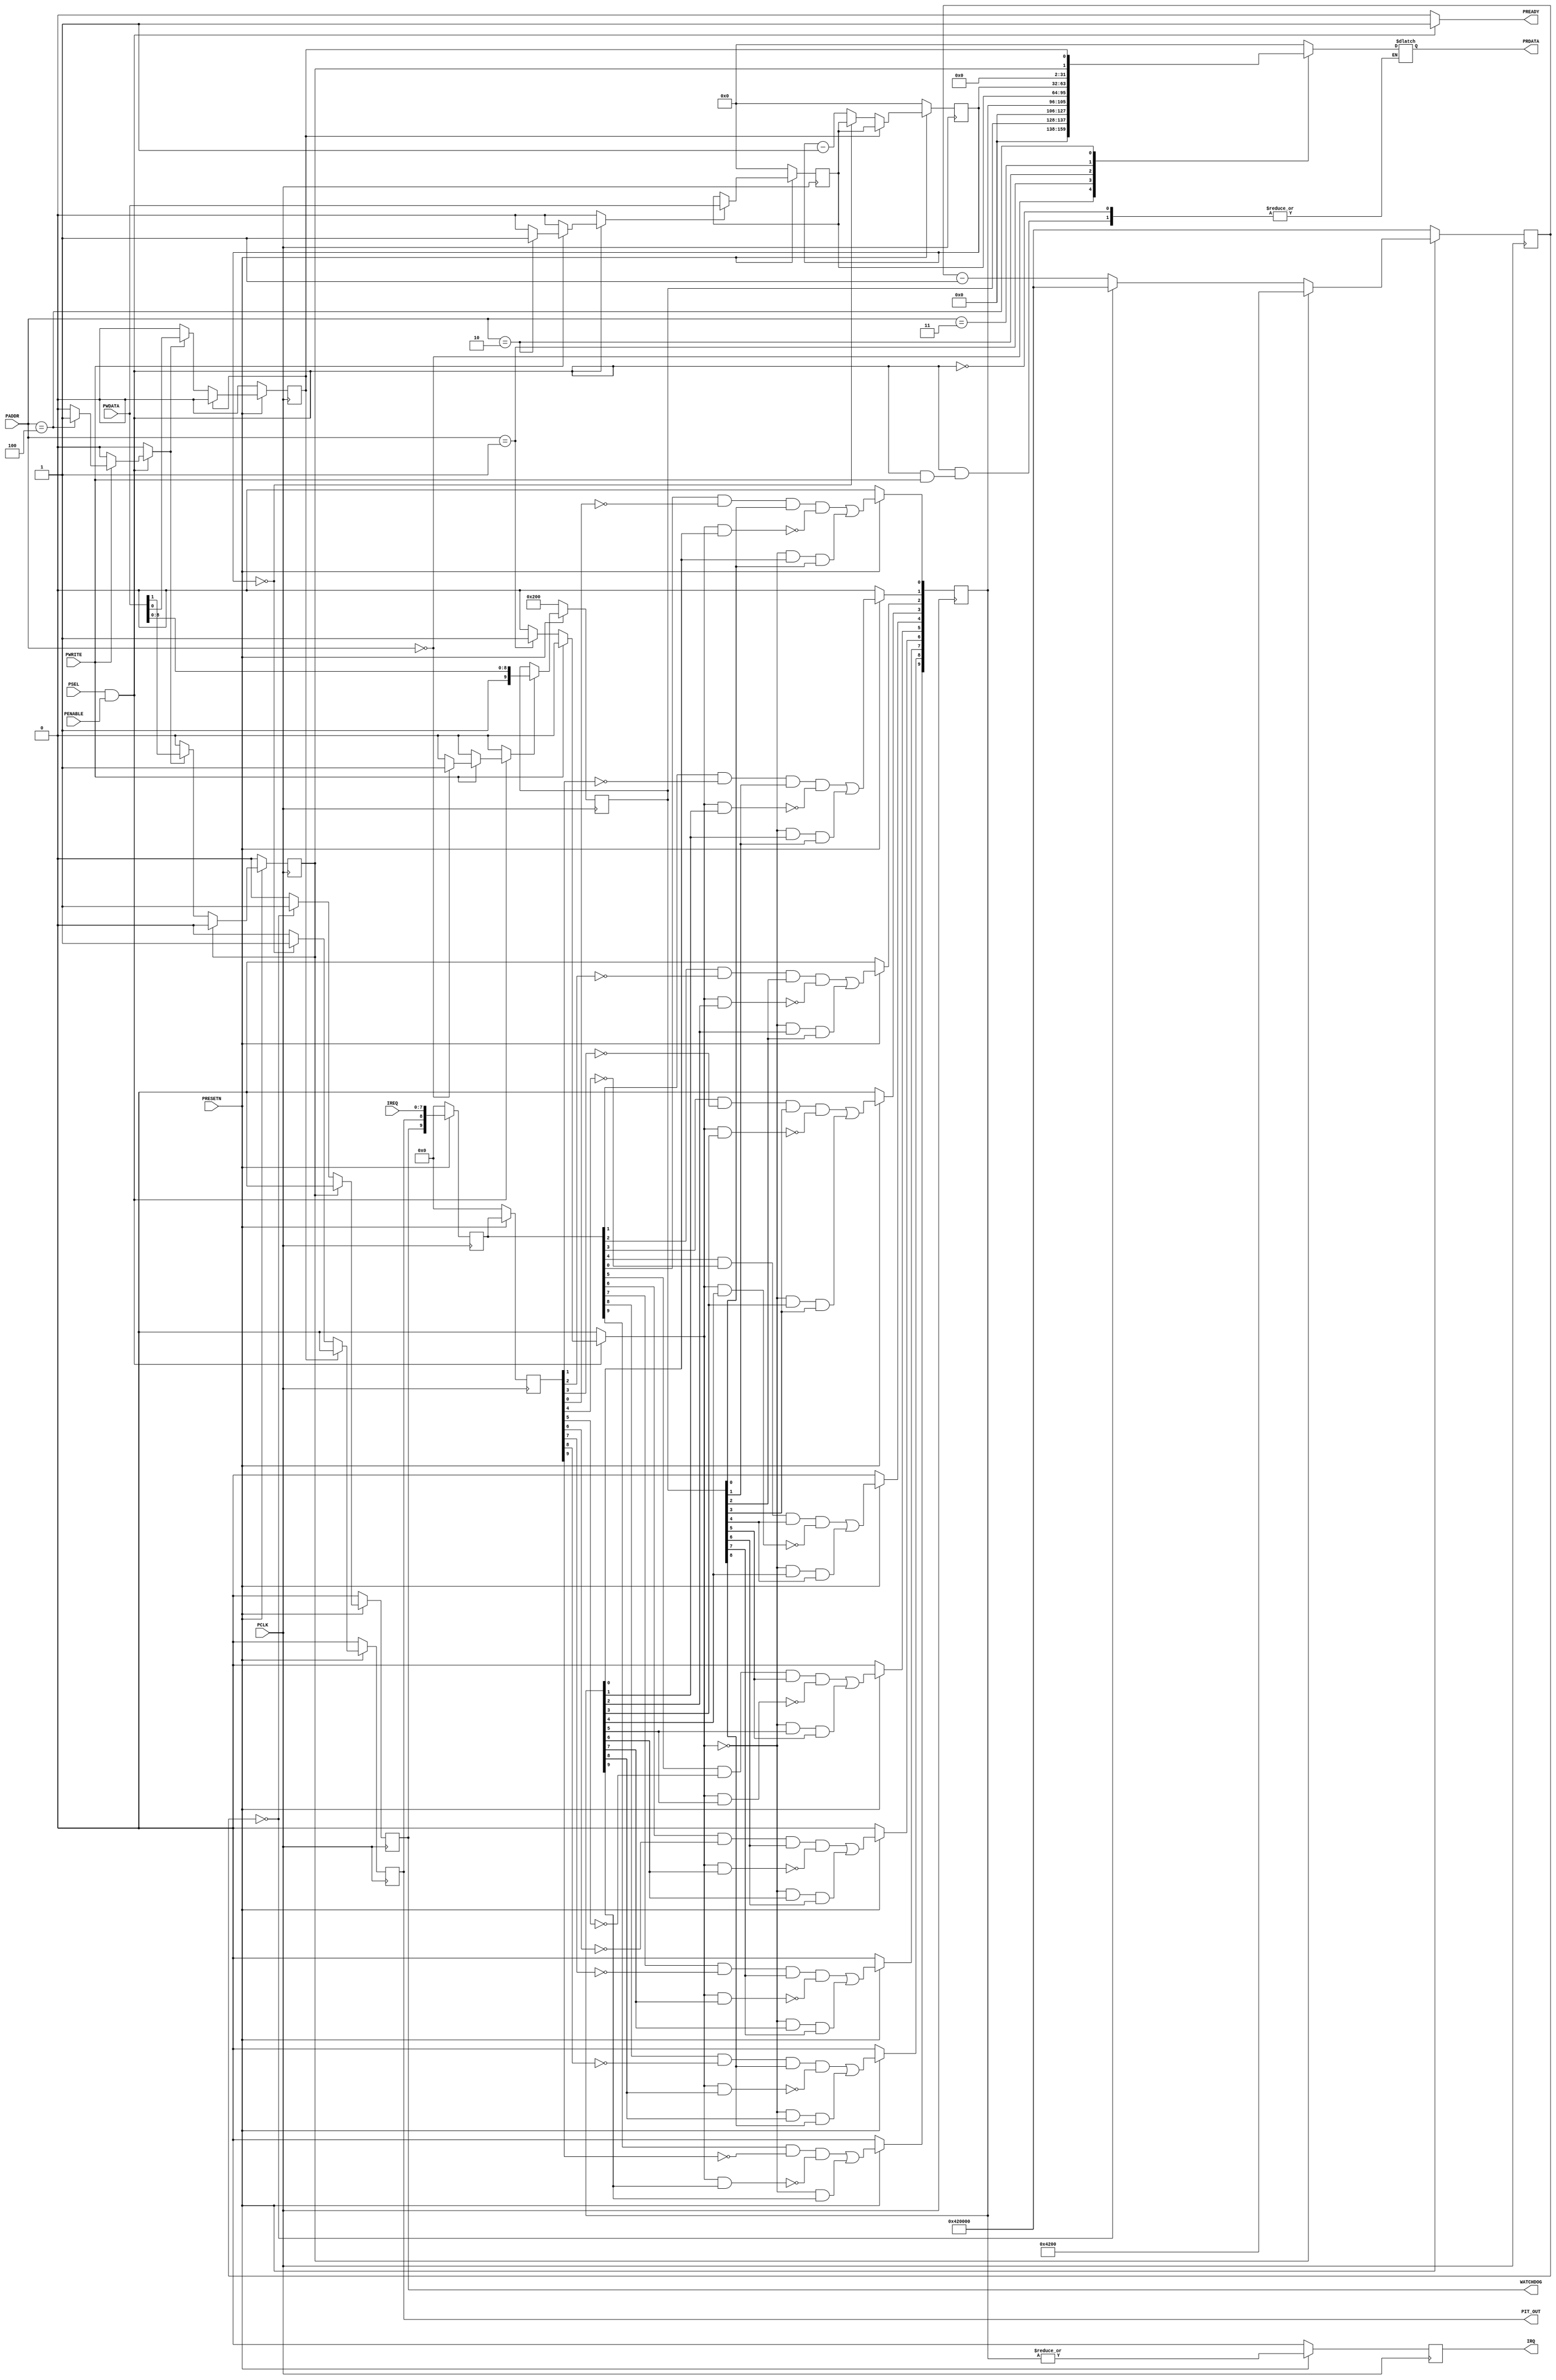
module icpit (// APB Interface signals:
              input PCLK,
              input PRESETN,
              input[2:0] PADDR,
              input PSEL,
              input PENABLE,
              input PWRITE,
              input[31:0] PWDATA,
              output reg[31:0] PRDATA,
              output reg PREADY,
              // Interrupt signals:
              output reg IRQ,
              input[7:0] IREQ,
              // PIT Terminal Count
              output reg PIT_OUT,
              // Watchdog Terminal Count
              output reg WATCHDOG);


reg[9:0] inte;
reg[9:0] ints;
reg[9:0] ireq_in;
reg[9:0] ireq_sync;
reg[31:0] pit;
reg[31:0] pit_val;
reg pit_load;
reg[30:0] wdog;
reg wdog_load;
reg wr_inte;
reg wr_pit_val;
reg wr_pit_ctrl;
reg rd_ints;

integer i;

// Interrupt controller
always @(posedge PCLK)
  begin
    if(PRESETN == 0) begin
      inte <= 10'h200;
      IRQ <= 0;
      ints <= 0;
      ireq_in <= 0;
      ireq_sync <= 0;
    end
    else begin
      // Synchronise the interrupt inputs
      ireq_in <= {WATCHDOG, PIT_OUT, IREQ};
      ireq_sync <= ireq_in;
      // Trigger or clear the interrupts, else keep current value
      for(i = 0; i < 9; i = i + 1) begin
        ints[i] <= (ireq_in[i] & ~ireq_sync[i] & inte[i]) & (~(rd_ints & ints[i])) | ((~rd_ints & ints[i] & inte[i]));
      end
      // Watchdog is non-maskable:
      ints[9] <= (ireq_in[9] & ~ireq_sync[9]) & (~(rd_ints & ints[9])) | (~rd_ints & ints[9]);
      IRQ <= |ints;
      // Write to the interrupt enable
      if(wr_inte) begin
        inte <= {1'b1, PWDATA[8:0]};
      end
    end
  end

// PIT
always @(posedge PCLK)
  begin
    if(PRESETN == 0) begin
      pit <= 0;
      pit_val <= 0;
      pit_load <= 0;
      PIT_OUT <= 0;
    end
    else begin
      // Write to the pit_val register
      if(wr_pit_val) begin
        pit_val <= PWDATA;
      end
      if(wr_pit_ctrl) begin
        pit_load <= PWDATA[0];
      end
      if(pit_load == 1) begin
        pit_load <= 0;
        pit <= pit_val;
        PIT_OUT <= 0;
      end
      else if(pit == 0) begin
             PIT_OUT <= 1;
             pit <= pit_val;
           end
           else begin
            pit <= pit - 1;
            PIT_OUT <= 0;
           end
    end
  end

// Watchdog
always @(posedge PCLK)
  begin
    if(PRESETN == 0) begin
      wdog <= 31'h42_0000;
      wdog_load <= 0;
      WATCHDOG <= 0;
    end
    else begin
      // Write to the Watchdog bone register
      if(wr_pit_ctrl) begin
        wdog_load <= PWDATA[1];
      end
      if(wdog_load == 1) begin
        wdog_load <= 0;
        wdog <= 31'h42_00;
        WATCHDOG <= 0;
      end
      else if(wdog == 0) begin
             WATCHDOG <= 1;
             wdog <= 31'h42_0000;
           end
           else begin
            wdog <= wdog - 1;
            WATCHDOG <= 0;
           end
    end
  end

// APB Interface
always @(PSEL, PENABLE, PADDR, PWRITE)
begin
  wr_inte = 0;
  wr_pit_val = 0;
  wr_pit_ctrl = 0;
  rd_ints = 0;
  if((PSEL == 1) && (PENABLE == 1)) begin
    if(PWRITE == 1) begin
      case(PADDR)
        3'b000: wr_inte = 1;
        3'b010: wr_pit_val = 1;
        3'b100: wr_pit_ctrl = 1;
        default: wr_inte = 0;
      endcase
    end
    else begin
      case(PADDR)
        3'b000: PRDATA = {21'h0, inte};
        3'b001: begin
                  PRDATA = {21'h0, ints};
                  rd_ints = 1;
                end
        3'b010: PRDATA = pit_val;
        3'b011: PRDATA = pit;
        3'b100: PRDATA = {30'h0, wdog_load, pit_load};
        default: PRDATA = 0;
      endcase
    end
    PREADY = 1;
  end
  else begin
    PREADY = 0;
  end
end
  
endmodule